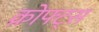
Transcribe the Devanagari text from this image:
क्रोफ्ट्स